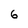
Character: 6